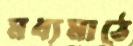
মধ্যমাঠে